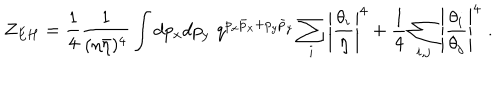
LaTeX: Z _ { E H } = { \frac { 1 } { 4 } } { \frac { 1 } { ( \eta \bar { \eta } ) ^ { 4 } } } \int d p _ { x } d p _ { y } \, \, q ^ { p _ { x } \bar { p } _ { x } + p _ { y } \bar { p } _ { y } } \sum _ { i } \left| { \frac { \theta _ { i } } { \eta } } \right| ^ { 4 } + { \frac { 1 } { 4 } } \sum _ { i , j } \left| { \frac { \theta _ { i } } { \theta _ { j } } } \right| ^ { 4 } \, \, .